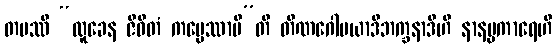
တပဿီ “လူခေန ဇီဝိတံ ကပ္ပေဿာမီ”တိ တိဏဂေါမယာဒိဘက္ခနာဒီဟိ နာနပ္ပကာရေဟိ